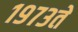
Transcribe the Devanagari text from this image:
१९७३ते